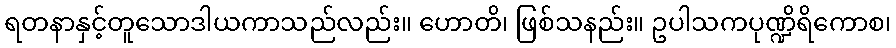
ရတနာနှင့်တူသောဒါယကာသည်လည်း။ ဟောတိ၊ ဖြစ်သနည်း။ ဥပါသကပုဏ္ဍိရိကောစ၊